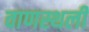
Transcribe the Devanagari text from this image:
वाणस्थली